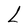
Character: L